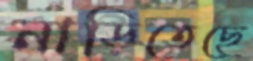
নাড়িতেছে